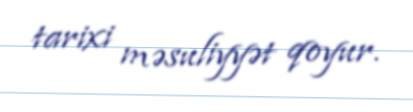
tarixi məsuliyyət qoyur.